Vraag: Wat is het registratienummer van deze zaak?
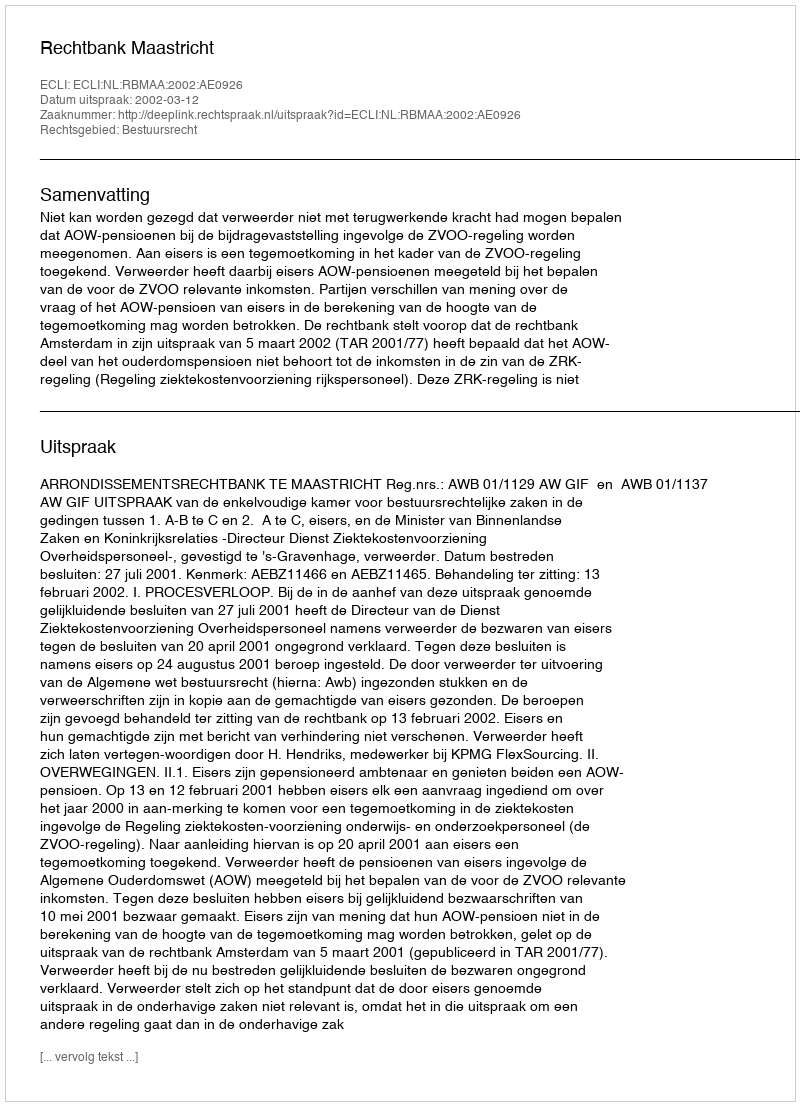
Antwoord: http://deeplink.rechtspraak.nl/uitspraak?id=ECLI:NL:RBMAA:2002:AE0926